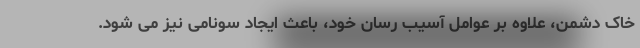
خاک دشمن، علاوه بر عوامل آسیب رسان خود، باعث ایجاد سونامی نیز می شود.